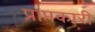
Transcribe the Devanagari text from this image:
प्राप्तकारी